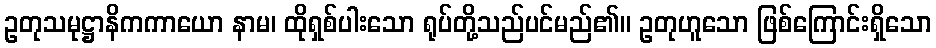
ဥတုသမုဋ္ဌာနိကကာယော နာမ၊ ထိုရှစ်ပါးသော ရုပ်တို့သည်ပင်မည်၏။ ဥတုဟူသော ဖြစ်ကြောင်းရှိသော